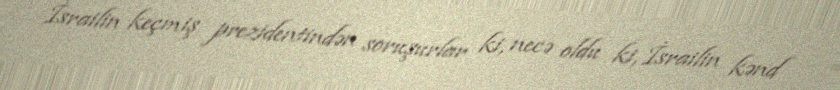
İsrailin keçmiş prezidentindən soruşurlar ki, necə oldu ki, İsrailin kənd